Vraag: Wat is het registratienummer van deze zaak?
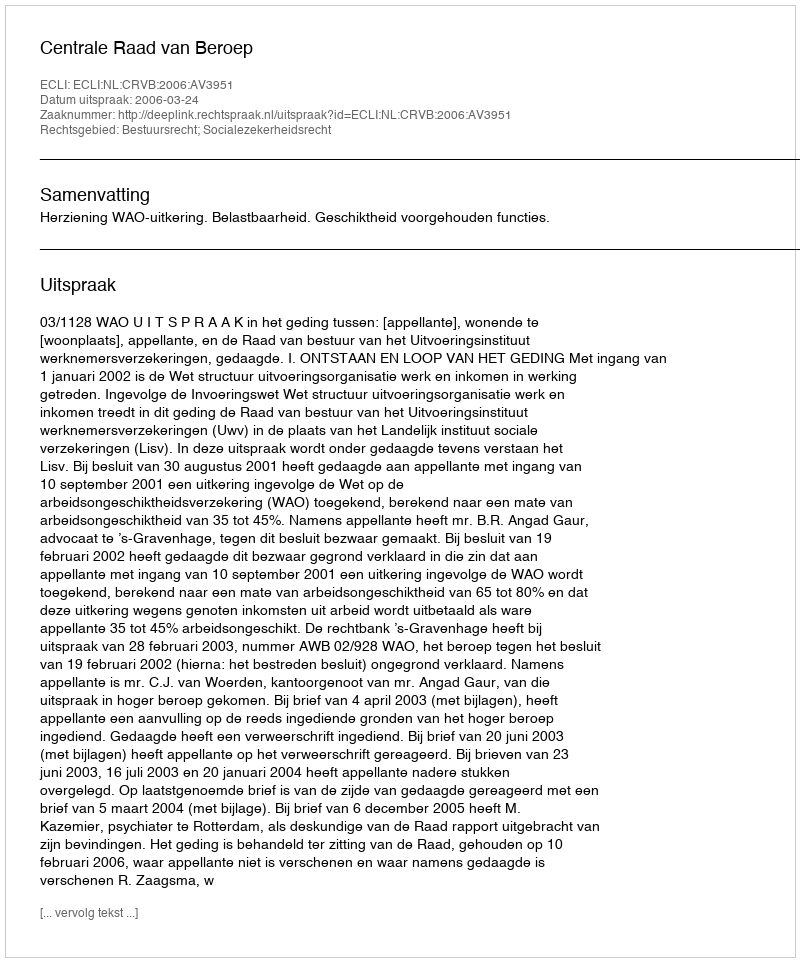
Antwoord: http://deeplink.rechtspraak.nl/uitspraak?id=ECLI:NL:CRVB:2006:AV3951